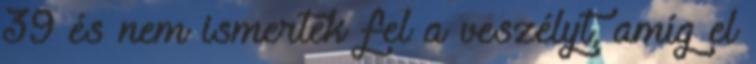
39 és nem ismerték fel a veszélyt, amíg el